Bombay plague: being a history of the progress of plague in the Bombay presidency from September 1896 to June 1899
Year: 1896
Disease focus: Plague
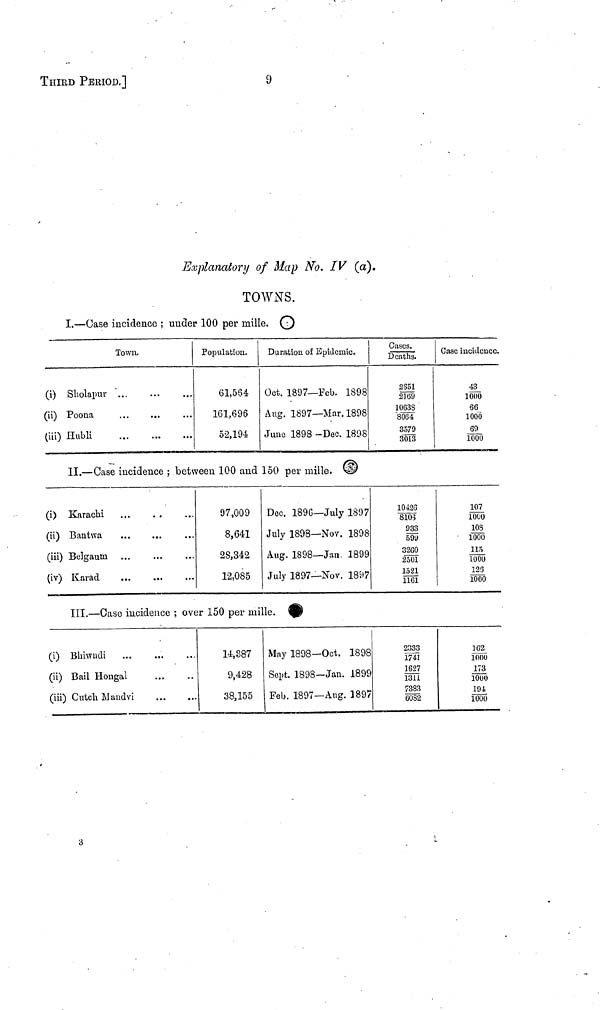
9
THIRD PEKIOD,]
Explanatory of Map NO. IV (a).
TOWNTS
I. — Case incidence ; under 100 per mille.
O
Town.
(i) Sholapur
(ii) Poona
(iii) Hubli
Population.
61,564
161,696
32,194
Duration of Epidemic.
Oct. 1897— Feb. 1898
Aug. 1897— Mar. 1898
June 1898 -Dee. 1898
Cases.
Deaths.
2351
2139
10638
8064
3579
3013
Case incidence.
43
1000
66
1000
69
1000
II. — Case incidence ; between 100 and 150 per mille.
O
(i) Karachi
(u) Bantwa
(iii) Belgautn
(iv) Karad
97,009
8,641
28,342
12,085
Dec. 1896— July 1897
July 1898— Nov. 1898
Aug. 1898— Jan. 1899
July 1897— Nov. 1897
10426
8105
933
599
3260
2501
1521
1161
107
1000
108
00
115
1000
123
1000
III. — Case incidence ; over 150 per mille.
O
(i) Bhiwndi ... ... ...
(ii) Bail Hongal ... ... ...
(iii) ditch Mandvi ... ... ...
14,387
9,428
38,155
May 1898— Oct. 1898
Sept. 1898— Jan. 1899
Feb. 1897— Aug. 1897
2333
1741
1627
1311
7383
6082
162
1000
173
1000
194
1000